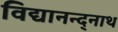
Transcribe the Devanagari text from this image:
विद्यानन्द्नाथ